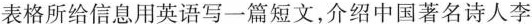
表格所给信息用英语写一篇短文，介绍中国著名诗人李